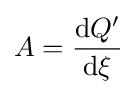
A={\frac {{\mathrm {d} }Q'}{{\mathrm {d} }\xi }}